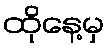
ထိုနေ့မှ